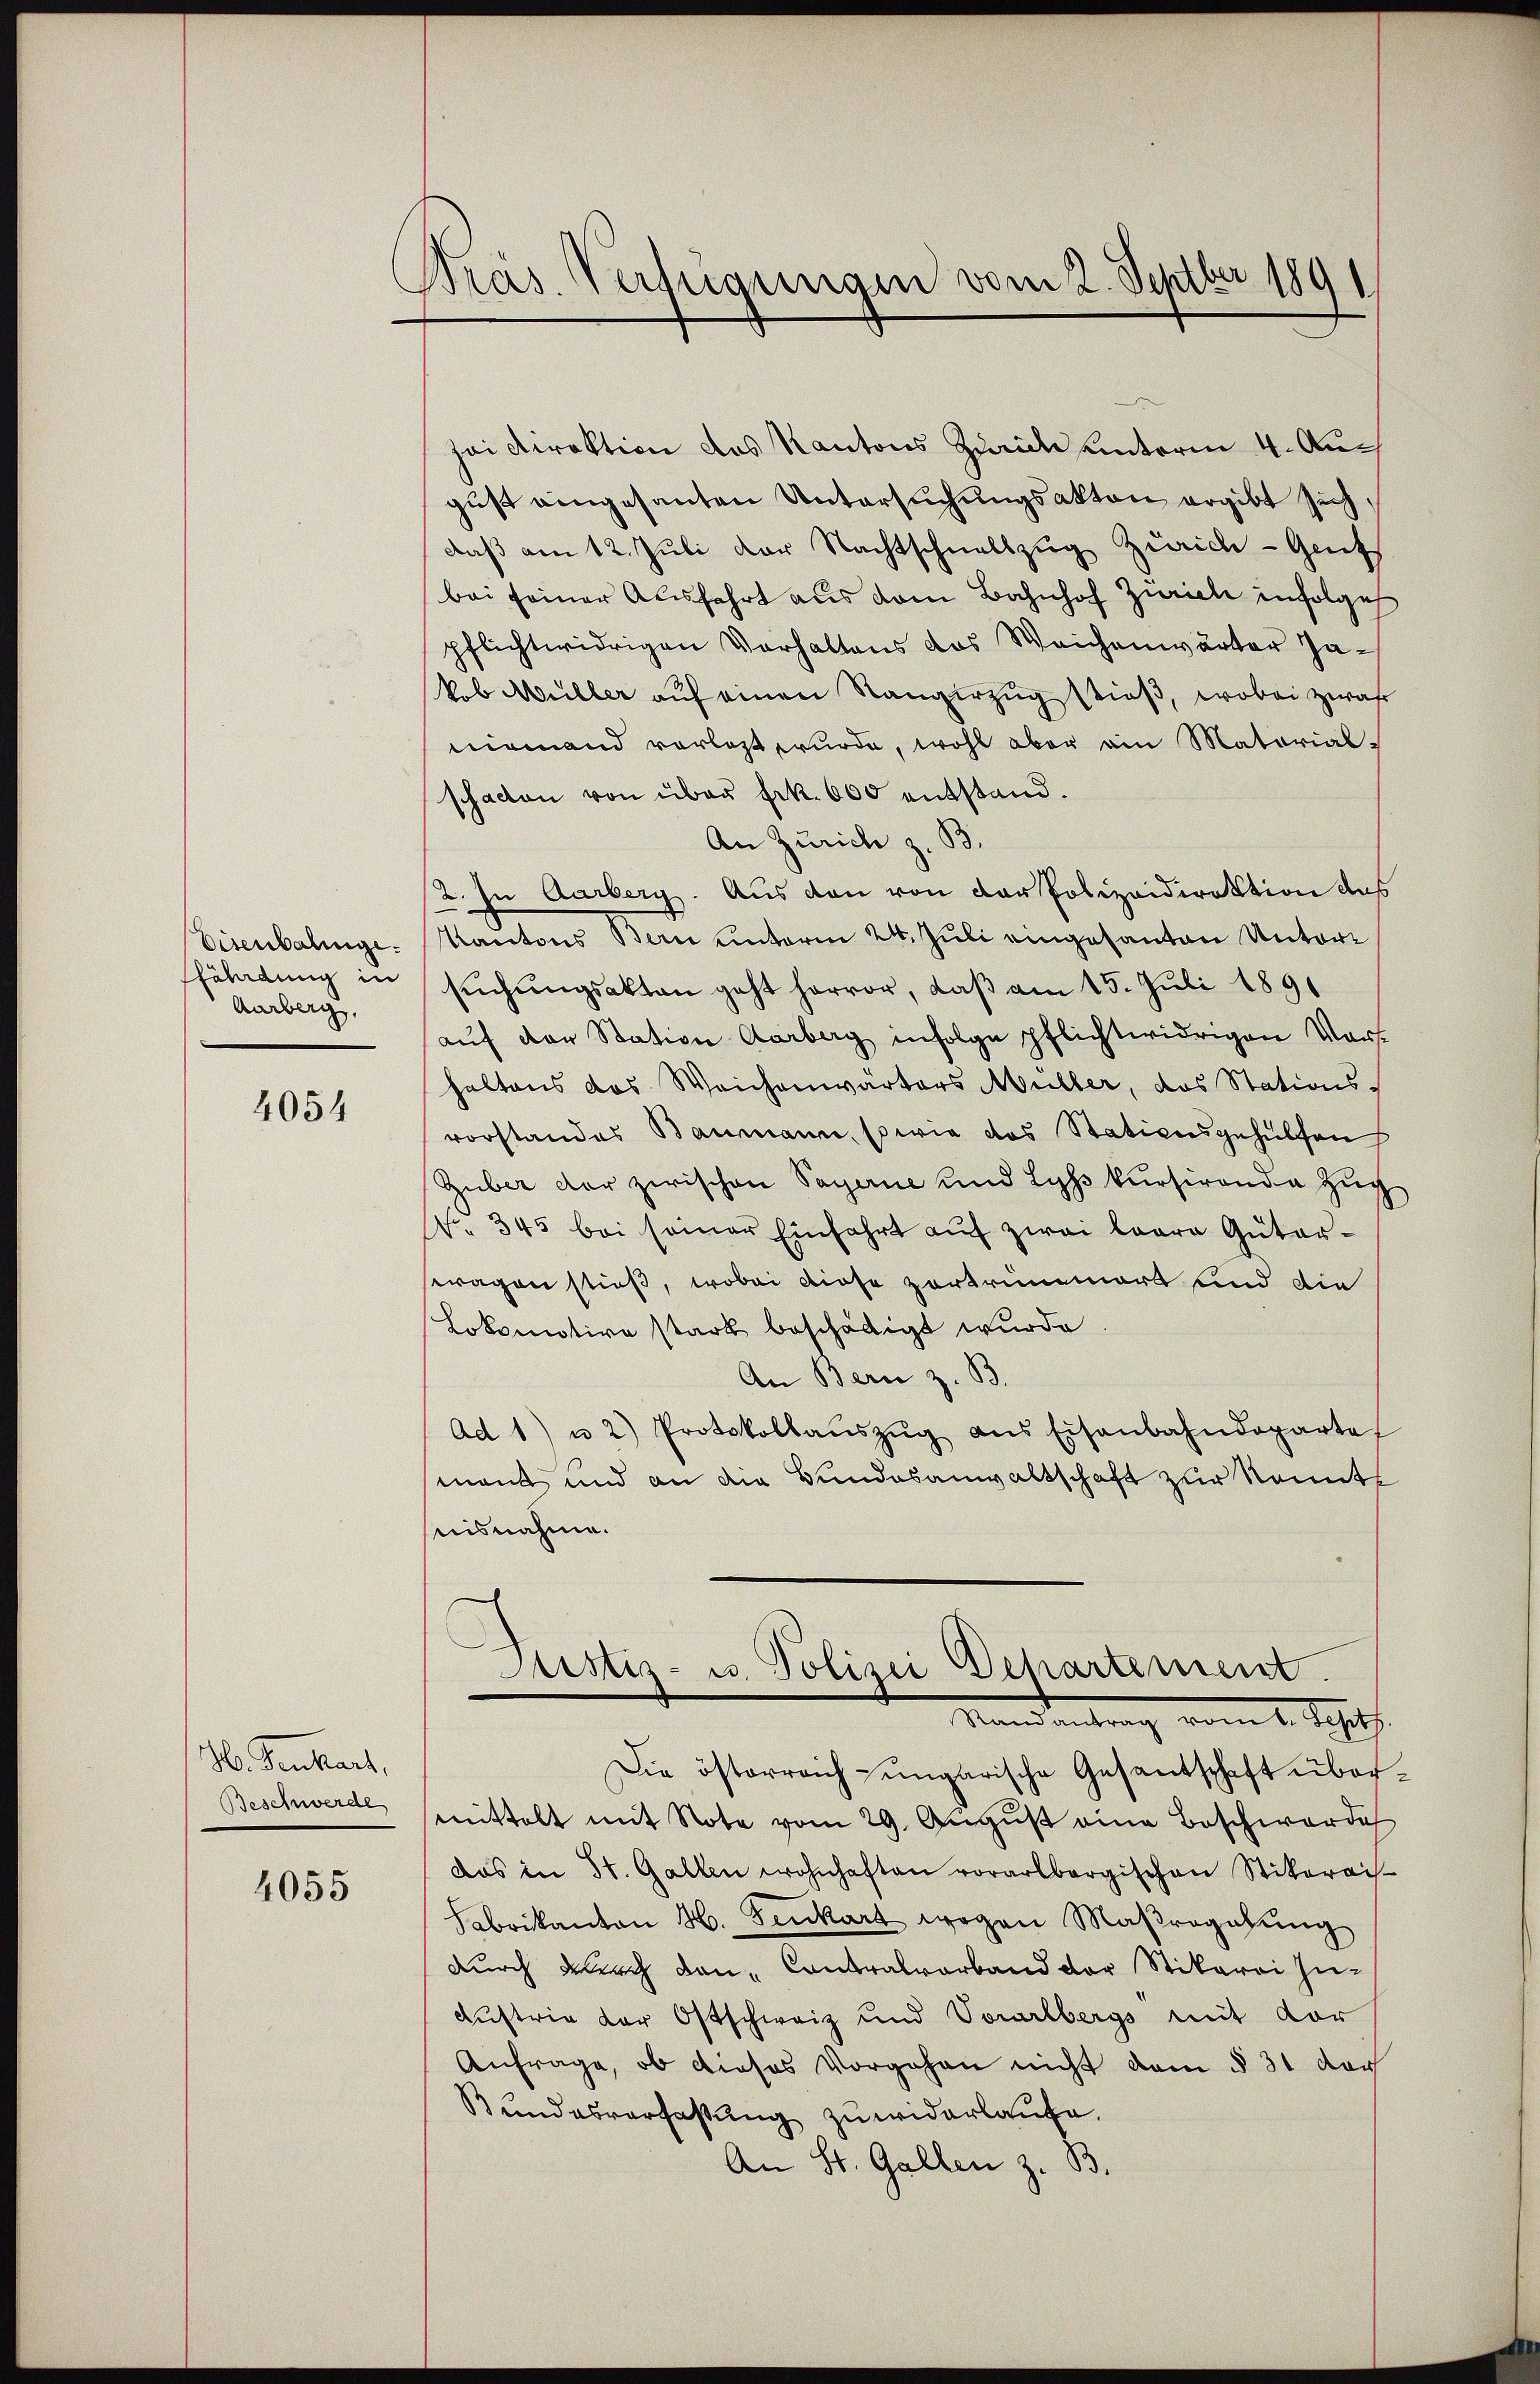
Eisenbalinge.
fährdung in
Aarberg.

4054

H. Senkart,
Beschwerde

4055

Präs. Verfügungen vom 2. Septber 1891

sei Direktion des Kantons Zürich unterm 4. August eingesanten Untersuchungsakten ergibt sich.
daß am 12. Juli der Nachtschnellzug Zürich - Gant
bei seiner Ausfahrt aus dem Bahnhof Zürich infolge
pflichtwidrigen Verhaltens das Weichenwärter Jakob Müller auf einen Rangerzug stieß, wobei zwar
niemand vorlegt wurde, wohl aber ain Materialschaden von über Frk. 600 entstand.
An Zürich z. B.
2. In Aarberg. Aus den von der Polizeidirektion das
Kantons Bern unterm 24. Juli eingesanten Untersŭchŭngsakten geht hervor, daß am 15. Juli 1891
aŭf der Station Aarberg infolge pflichtwidrigen Vort
haltens das Weichenwärters Müller, das Stations-
vorstandes Baumann, sowie das Stationsgehülfen
Guber der zwischen Payerne und Lyss kursirende Zug
No 345 bei seiner Einfahrt auf zwei baare Gütertragen stieß, wobei diese zertrümmert und die
Lokomotive stark beschädigt wurde
An Bern z. B.
Ad 1) u. 2) Protokollaŭszŭg ans Eisenbahndeparte
mant und an die Bundesanwaltschaft zur konnt
suisnahme.

Justiz- u. Polizei Departement.
Mandantrag vom 1. Schatz.

Die österreich-ungarische Gesantschaft übermittelt mit Note vom 29. Aŭgŭst eine Beschwerde
das in St. Gallen wohnhaften vorarlbergischen Stikreis-
Fabrikanton H. Fenkart wegen Maßregelŭng
durch durch den Contralverband der Stikarei In-
Austrie der Ostschweiz und Vorarlbergs mit vor
Anfrage, ob dieses Vorgehen nicht dem § 31 doch
Bundesverfassung zuwiderlaufe.
An St. Gallen z. B.